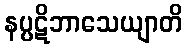
နပ္ပဋိဘာသေယျာတိ